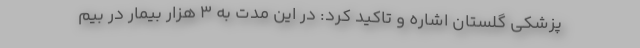
پزشکی گلستان اشاره و تاکید کرد: در این مدت به ۳ هزار بیمار در بیم